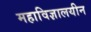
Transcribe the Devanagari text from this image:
महाविज्ञालयीन